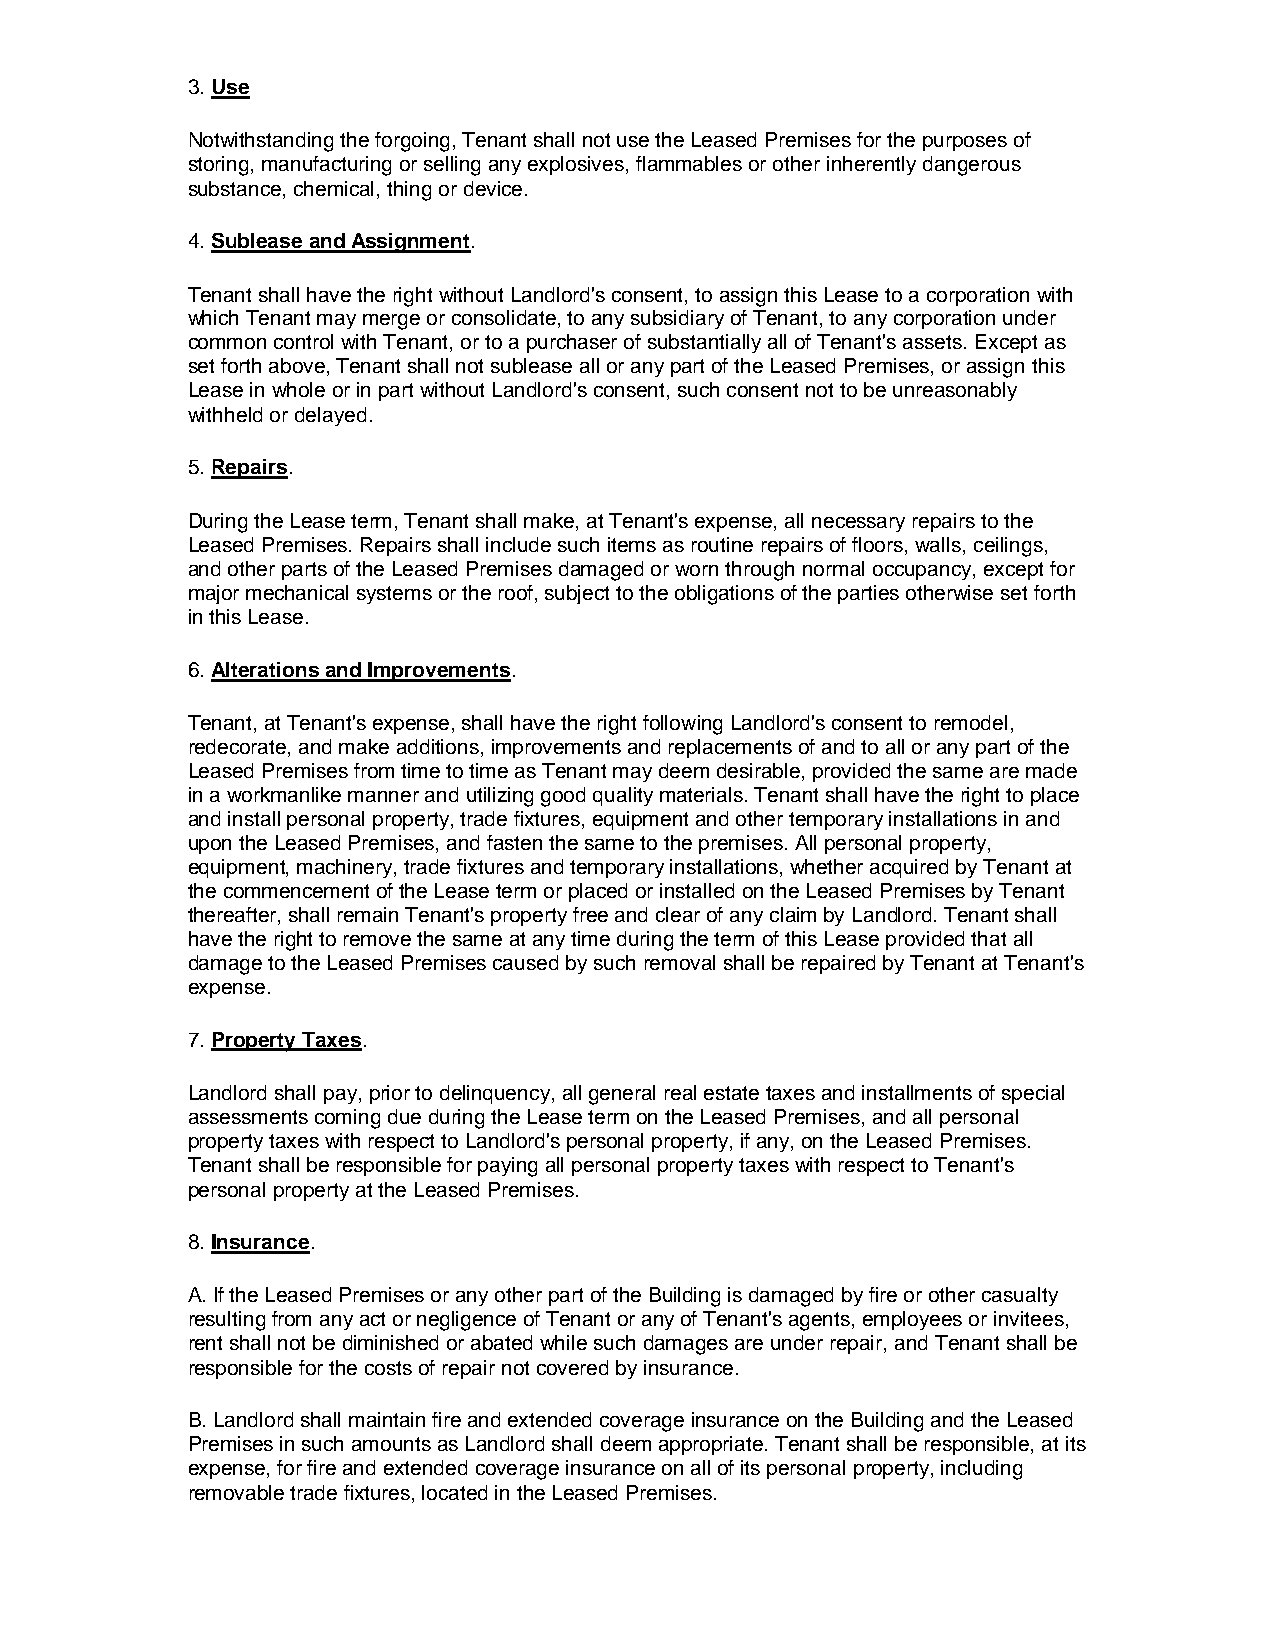
3. Use
 Notwithstanding the forgoing, Tenant shall not use the Leased Premises for the purposes of
 storing, manufacturing or selling any explosives, flammables or other inherently dangerous
 substance, chemical, thing or device.
 4. Sublease and Assignment.
 Tenant shall have the right without Landlord's consent, to assign this Lease to a corporation with
 which Tenant may merge or consolidate, to any subsidiary of Tenant, to any corporation under
 common control with Tenant, or to a purchaser of substantially all of Tenant's assets. Except as
 set forth above, Tenant shall not sublease all or any part of the Leased Premises, or assign this
 Lease in whole or in part without Landlord's consent, such consent not to be unreasonably
 withheld or delayed.
 5. Repairs.
 During the Lease term, Tenant shall make, at Tenant's expense, all necessary repairs to the
 Leased Premises. Repairs shall include such items as routine repairs of floors, walls, ceilings,
 and other parts of the Leased Premises damaged or worn through normal occupancy, except for
 major mechanical systems or the roof, subject to the obligations of the parties otherwise set forth
 in this Lease.
 6. Alterations and Improvements.
 Tenant, at Tenant's expense, shall have the right following Landlord's consent to remodel,
 redecorate, and make additions, improvements and replacements of and to all or any part of the
 Leased Premises from time to time as Tenant may deem desirable, provided the same are made
 in a workmanlike manner and utilizing good quality materials. Tenant shall have the right to place
 and install personal property, trade fixtures, equipment and other temporary installations in and
 upon the Leased Premises, and fasten the same to the premises. All personal property,
 equipment, machinery, trade fixtures and temporary installations, whether acquired by Tenant at
 the commencement of the Lease term or placed or installed on the Leased Premises by Tenant
 thereafter, shall remain Tenant's property free and clear of any claim by Landlord. Tenant shall
 have the right to remove the same at any time during the term of this Lease provided that all
 damage to the Leased Premises caused by such removal shall be repaired by Tenant at Tenant's
 expense.
 7. Property Taxes.
 Landlord shall pay, prior to delinquency, all general real estate taxes and installments of special
 assessments coming due during the Lease term on the Leased Premises, and all personal
 property taxes with respect to Landlord's personal property, if any, on the Leased Premises.
 Tenant shall be responsible for paying all personal property taxes with respect to Tenant's
 personal property at the Leased Premises.
 8. Insurance.
 A. If the Leased Premises or any other part of the Building is damaged by fire or other casualty
 resulting from any act or negligence of Tenant or any of Tenant's agents, employees or invitees,
 rent shall not be diminished or abated while such damages are under repair, and Tenant shall be
 responsible for the costs of repair not covered by insurance.
 B. Landlord shall maintain fire and extended coverage insurance on the Building and the Leased
 Premises in such amounts as Landlord shall deem appropriate. Tenant shall be responsible, at its
 expense, for fire and extended coverage insurance on all of its personal property, including
 removable trade fixtures, located in the Leased Premises.